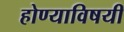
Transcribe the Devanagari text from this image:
होण्याविषयी